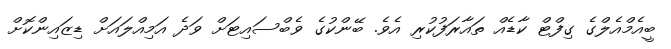
ބީއެމްއެލްގެ ގިފްޓް ކާޑެއް ތައާރަފުކުރި އެވެ. ބޭންކުގެ ވެބްސައިޓަށް ވަދެ އަމިއްލައަށް ޑިޒައިންކޮށް